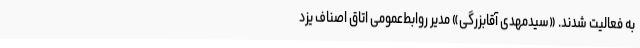
به فعالیت شدند. «سیدمهدی آقابزرگی» مدیر روابط‌عمومی اتاق اصناف یزد